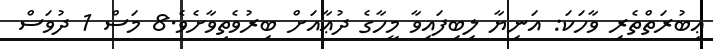
ޢިބުރަތްތެރި ވާހަކަ: އަނިޔާ ލިބިފައިވާ މީހާގެ ދުޢާއަށް ބިރުވެތިވާށެވެ.8 މަސް 1 ދުވަސް